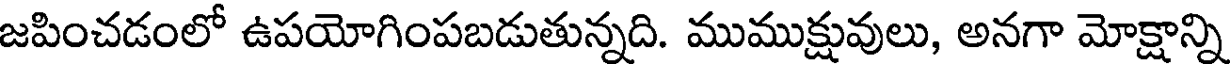
జపించడంలో ఉపయోగింపబడుతున్నది. ముముక్షువులు, అనగా మోక్షాన్ని